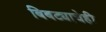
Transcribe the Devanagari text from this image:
बिबट्याचेही